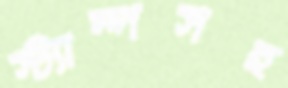
স্ট্যাম্পসহ